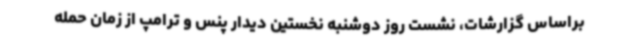
براساس گزارشات، نشست روز دوشنبه نخستین دیدار پنس و ترامپ از زمان حمله